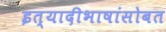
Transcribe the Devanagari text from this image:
इत्यादीभाषांसोबत